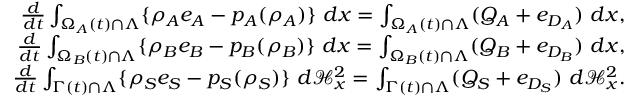
\begin{array} { r } { \frac { d } { d t } \int _ { \Omega _ { A } ( t ) \cap \Lambda } \{ \rho _ { A } e _ { A } - p _ { A } ( \rho _ { A } ) \} { \ } d x = \int _ { \Omega _ { A } ( t ) \cap \Lambda } ( Q _ { A } + e _ { D _ { A } } ) { \ } d x , } \\ { \frac { d } { d t } \int _ { \Omega _ { B } ( t ) \cap \Lambda } \{ \rho _ { B } e _ { B } - p _ { B } ( \rho _ { B } ) \} { \ } d x = \int _ { \Omega _ { B } ( t ) \cap \Lambda } ( Q _ { B } + e _ { D _ { B } } ) { \ } d x , } \\ { \frac { d } { d t } \int _ { \Gamma ( t ) \cap \Lambda } \{ \rho _ { S } e _ { S } - p _ { S } ( \rho _ { S } ) \} { \ } d \mathcal { H } _ { x } ^ { 2 } = \int _ { \Gamma ( t ) \cap \Lambda } ( Q _ { S } + e _ { D _ { S } } ) { \ } d \mathcal { H } _ { x } ^ { 2 } . } \end{array}